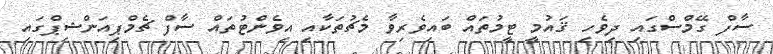
ސާފް ގޭމްސްގައި ދިވެހި ޤައުމީ ޓީމުތައް ބައިވެރިވާ މެޗުތަކާއި އިވެންޓުތައް ސާފް ޗެމްޕިއަންޝިޕްގައި